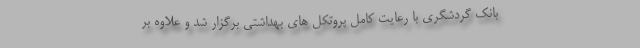
بانک گردشگری با رعایت کامل پروتکل های بهداشتی برگزار شد و علاوه بر